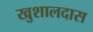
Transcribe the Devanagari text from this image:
खुशालदास